Annual administration report of the Civil Veterinary Department of India - 1903-1904
Year: 1903
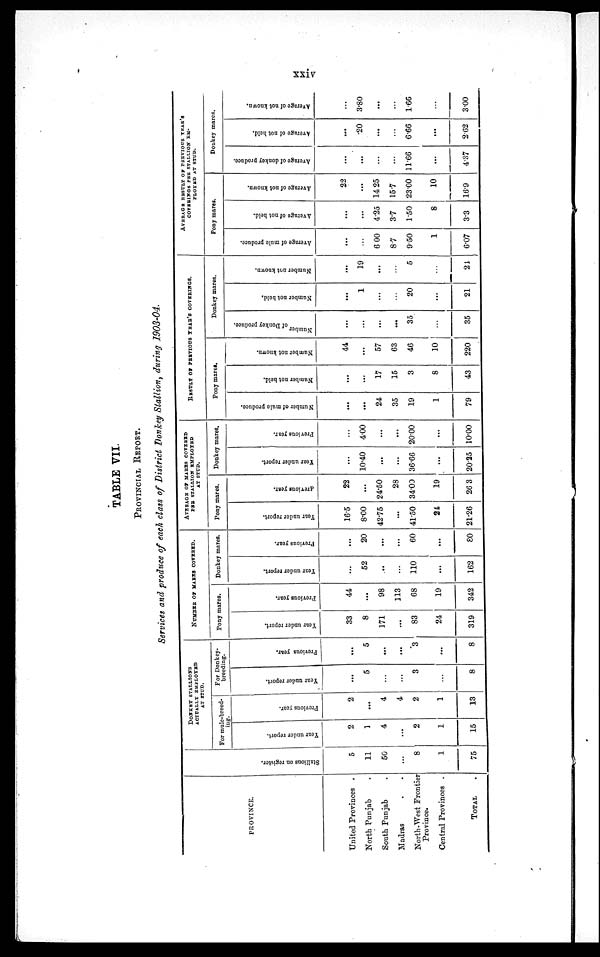
xxiv
TABLE VII.
PROVINCIAL REPORT.
Services and produce of each class of District Donkey Stallion, during 1903-04.
PROVINCE.
United Provinces .
North Punjab .
South Punjab .
Madras . .
North-West Frontier
Province.
Central Provinces .
TOTAL .
St al l
i
ons on register.
5
11
50
...
8
1
75
DONKEY STALLIONS
ACTUALLY EMPLOYED
AT STUD.
For mule-breed¬
ing.
Year under report.
2
1
4
...
2
1
15
Previous year.
2
...
4
4
2
1
13
For Donkey¬
breeding.
Year under report.
...
5
...
...
3
...
8
Previous year.
...
5
...
...
3
...
8
NUMBER OF MARES COVERED.
Pony mares.
Year under report.
33
8
171
...
83
24
319
Previous year.
44
...
98
113
68
19
342
Donkey mares.
Year under report.
...
52
..
...
110
...
162
Previous year.
...
20
...
...
60
...
80
AVERAGE OF MARES COVERED
PER STALLION EMPLOYED
AT STUD.
Pony mares.
Year
under report.
16.5
8.00
42.75
...
41.50
24
21.26
Previous year.
22
...
24.50
28
34.00
19
26.3
Donkey mares.
Year
under report.
...
10.40
...
...
36.66
...
20.25
Previous year.
...
4.00
...
...
20.00
...
10.00
RESULT
OF
PREVIOUS
YEAR'S COVERING.
Pony mares.
Number of mule produce.
...
...
24
35
19
1
79
Number not held.
...
...
17
15
3
8
43
Number not known.
44
...
57
63
46
10
220
Donkey mares.
Number of Donkey produce.
...
...
...
...
35
...
35
Number not bold.
...
1
...
...
20
...
21
Number not known.
...
19
...
...
5
...
24
AVERAGE RESULT OF PREVIOUS YEAR'S
COVERINGS PER STALLION EM¬
PLOYED AT STUD.
Pony mares.
Average of mule produce.
...
...
6.00
8.7
9.50
1
6.07
Average
of not held.
...
...
4.25
3.7
1.50
8
3.3
Average of not known.
22
...
14.25
15.7
23.00
10
16.9
Donkey mares.
Average of donkey produce.
...
...
...
...
11.66
...
4.37
Average of not held.
...
.20
...
...
6.66
...
2.62
Average of not known.
...
3.80
...
...
1.66
...
3.00